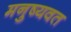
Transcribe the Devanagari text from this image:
मनुष्यवत